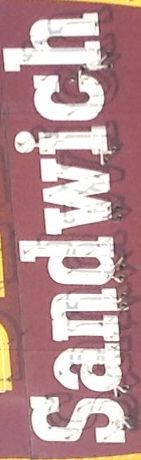
Sandwich